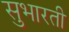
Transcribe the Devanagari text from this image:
सुभारती